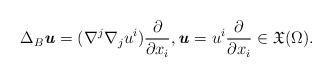
LaTeX: \begin{align*} \Delta_{B}\textbf{\textit{u}} =(\nabla^j \nabla_j u^i)\frac{\partial}{\partial x_i} ,\textbf{\textit{u}}=u^i \frac{\partial}{\partial x_i}\in \mathfrak{X} (\Omega).\end{align*}